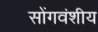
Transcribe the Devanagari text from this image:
सोंगवंशीय